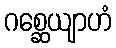
ဂစ္ဆေယျာဟံ